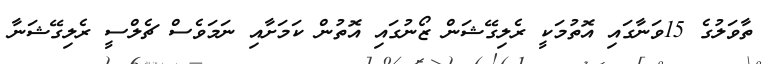
ތާވަލުގެ 15ވަނާގައި އޮތުމަކީ ރެލިގޭޝަން ޒޯނުގައި އޮތުން ކަމަށާއި ނަމަވެސް ޗެލްސީ ރެލިގޭޝަނާ